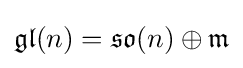
{\mathfrak {gl}}(n)={\mathfrak {so}}(n)\oplus {\mathfrak {m}}